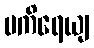
ပကိရေယျ